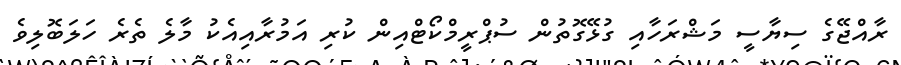
ރާއްޖޭގެ ސިޔާސީ މަޝްރަހާއި ގުޅޭގޮތުން ސުޕްރީމްކޯޓްއިން ކުރި އަމުރާއިއެކު މާލެ ތެރެ ހަލަބޮލިވެ